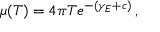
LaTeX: \mu ( T ) = 4 \pi T e ^ { - ( \gamma _ { E } + c ) } \, ,